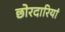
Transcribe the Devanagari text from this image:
छोरदारियां